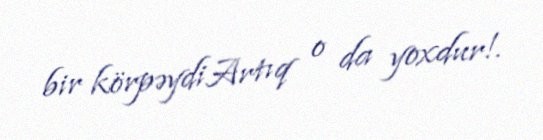
bir körpəydiArtıq o da yoxdur!.